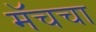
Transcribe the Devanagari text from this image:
मॅचचा